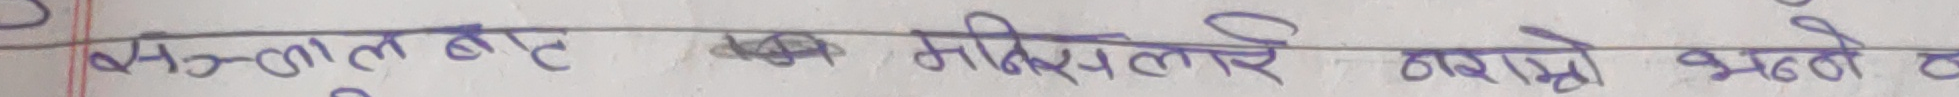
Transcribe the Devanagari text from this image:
बस्तुतलाई मलेसियाले ठाउने भयो ।